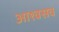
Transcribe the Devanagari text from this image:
आश्वसव